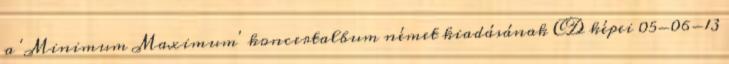
a 'Minimum Maximum' koncertalbum német kiadásának CD képei 05-06-13